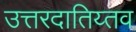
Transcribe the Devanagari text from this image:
उत्तरदातिय्तव